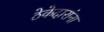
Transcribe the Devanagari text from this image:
ठेकेदारांना